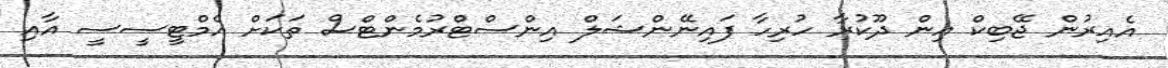
އެއިރުން ޖޭބިކް އިން ދޫކުރާ ހުރިހާ ފައިނޭންޝަލް އިންސްޓްރުމެންޓްސް ތަކަށް އެމްޓީސީސީ އާއި